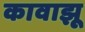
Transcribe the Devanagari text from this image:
कावाझू